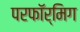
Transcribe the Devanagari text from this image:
परफॉर्मिग